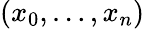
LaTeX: (x_{0},\ldots,x_{n})